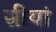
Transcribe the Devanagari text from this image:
स्रीयां